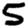
Digit: 5